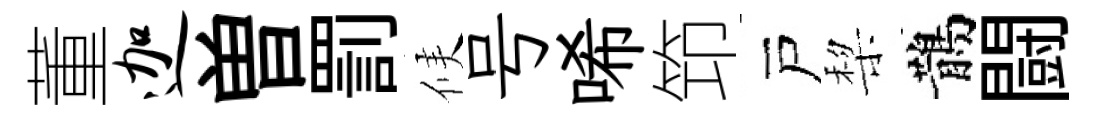
董迦曽罰候号唏笻戸棃鵲闘